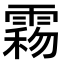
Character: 𩃻